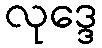
လုဒ္ဒေ